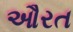
ઔરત